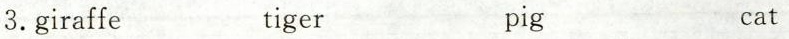
3.giraffe tiger pig Cat